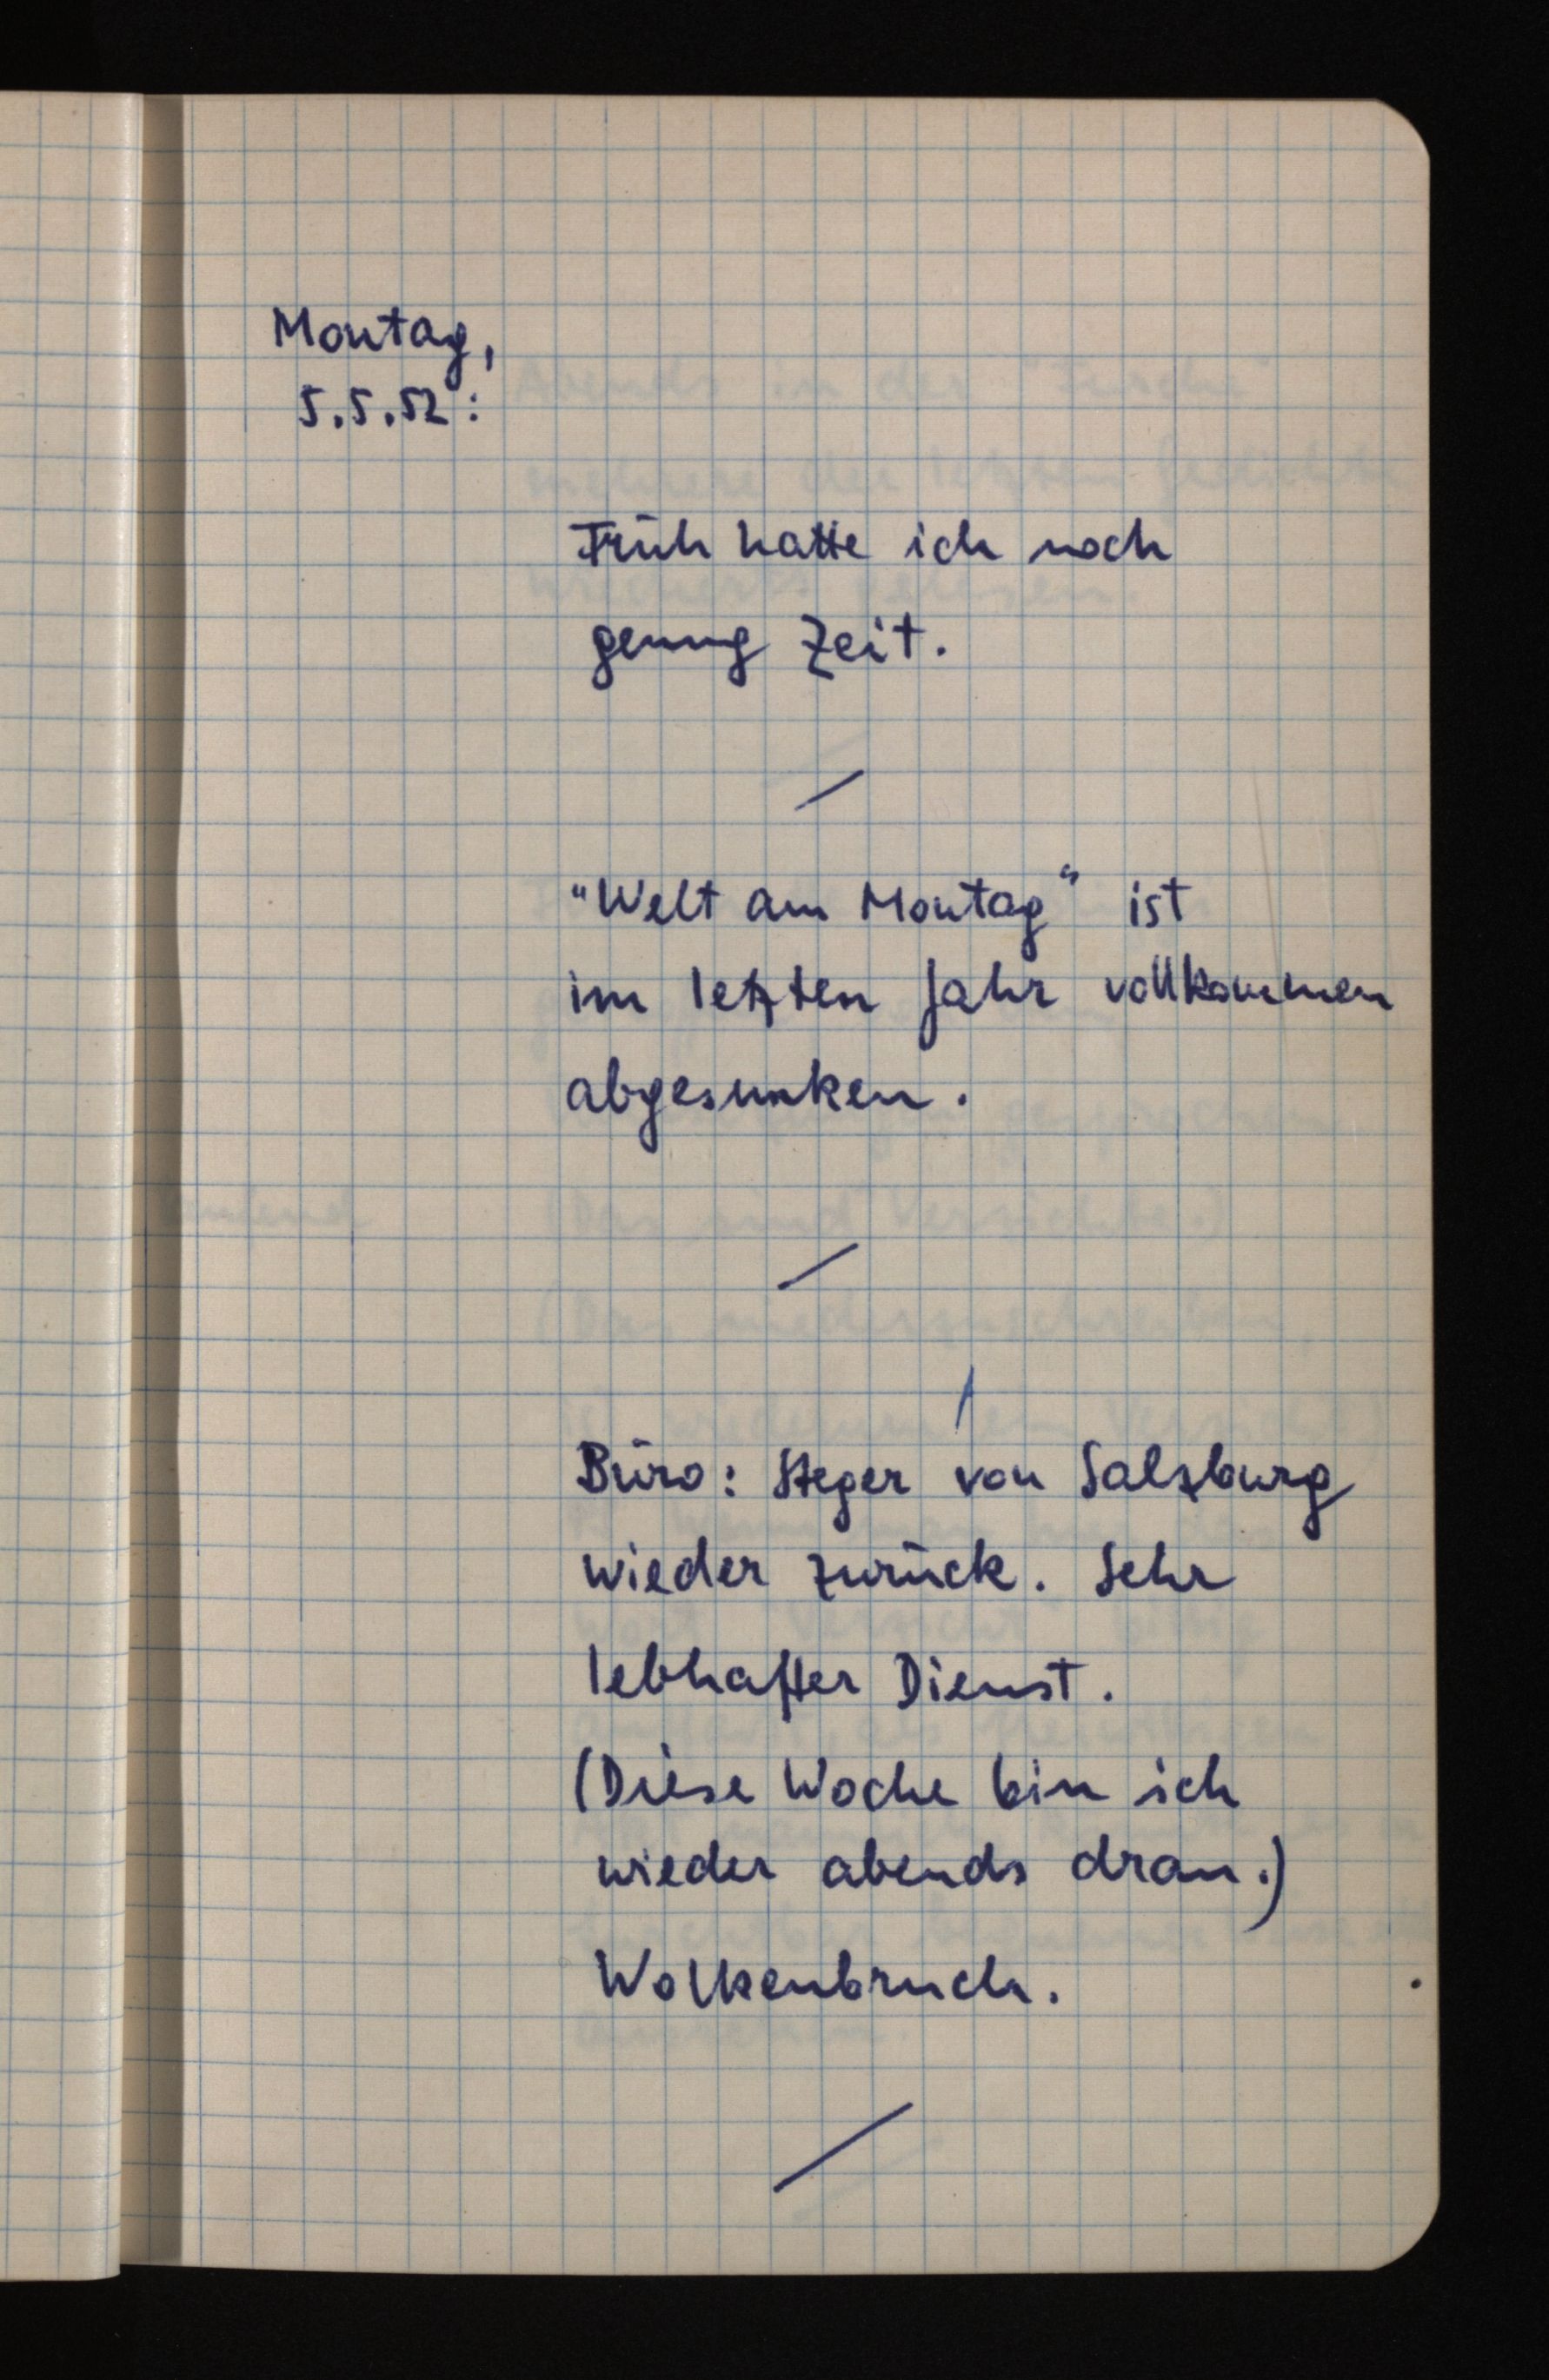
Montag,
5.5.52:
Früh hatte ich noch
genug Zeit.
"Welt am Montag" ist
im letzten Jahr vollkommen
abgesunken.
Büro: Steger von Salzburg
wieder zurück. Sehr
lebhafter Dienst.
(Diese Woche bin ich
wieder abends dran.)
Wolkenbruch.